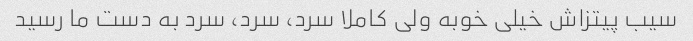
سیب پیتزاش خیلی خوبه ولی کاملا سرد، سرد، سرد به دست ما رسید